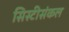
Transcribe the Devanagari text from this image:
सिस्टीसंकल